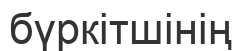
бүркітшінің